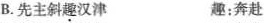
B.先主斜趣汉津 趣:奔赴